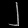
Digit: ၂